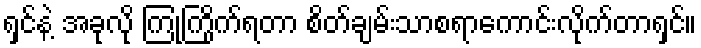
ရှင်နဲ့ အခုလို ကြုံကြိုက်ရတာ စိတ်ချမ်းသာစရာကောင်းလိုက်တာရှင်။